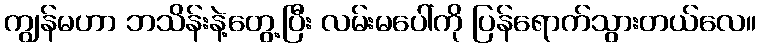
ကျွန်မဟာ ဘသိန်းနဲ့တွေ့ပြီး လမ်းမပေါ်ကို ပြန်ရောက်သွားတယ်လေ။